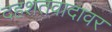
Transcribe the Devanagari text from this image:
दहशतवादावर